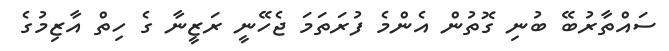
ސައްތާރުބޭ ބުނި ގޮތުން އެންމެ ފުރަތަމަ ޖެހޭނީ ރަޒީނާ ގެ ހިތް އާޒިމުގެ